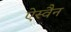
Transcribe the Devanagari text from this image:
ऐस्वैन